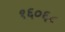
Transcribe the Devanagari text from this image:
१६०६८